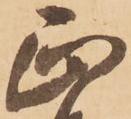
正